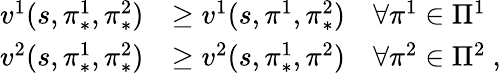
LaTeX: \begin{array}{rl}{v^{1}(s,\pi_{*}^{1},\pi_{*}^{2})}&{\geq v^{1}(s,\pi^{1},\pi_{*}^{2})\quad\forall\pi^{1}\in\Pi^{1}}\\ {v^{2}(s,\pi_{*}^{1},\pi_{*}^{2})}&{\geq v^{2}(s,\pi_{*}^{1},\pi^{2})\quad\forall\pi^{2}\in\Pi^{2}\ ,}\end{array}